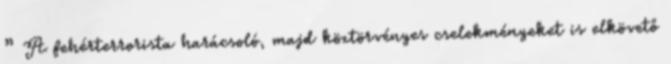
” A fehérterrorista harácsoló, majd köztörvényes cselekményeket is elkövető